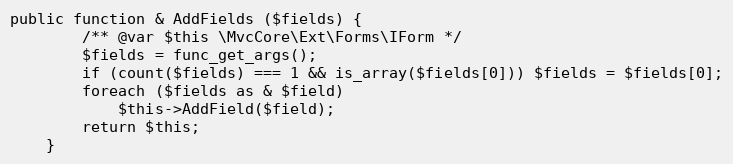
Language: PHP
public function & AddFields ($fields) {
		/** @var $this \MvcCore\Ext\Forms\IForm */
		$fields = func_get_args();
		if (count($fields) === 1 && is_array($fields[0])) $fields = $fields[0];
		foreach ($fields as & $field)
			$this->AddField($field);
		return $this;
	}